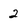
Character: 2